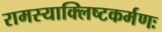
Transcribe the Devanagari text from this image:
रामस्याक्लिष्टकर्मणः